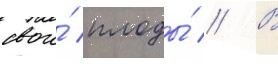
свои́ плоды́ // В